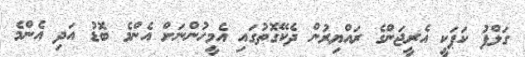
ގަލްފު ކަޕަކީ އެރީޖަންގެ ރައްޔިރުން ދެކޭގޮތުގައި އެމީހުންނަށް އެންމެ ބޮޑު އަދި އެންމެ